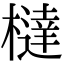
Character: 橽